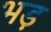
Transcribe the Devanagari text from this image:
भड़